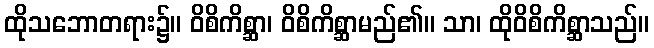
ထိုသဘောတရား၌။ ဝိစိကိစ္ဆာ၊ ဝိစိကိစ္ဆာမည်၏။ သာ၊ ထိုဝိစိကိစ္ဆာသည်။